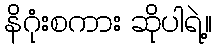
နိဂုံးစကား ဆိုပါရဲ့။